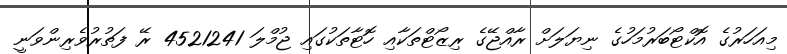
މިއަހަރުގެ އޮކްޓޯބަރުމަހުގެ ނިޔަލަށް ރާއްޖޭގެ ރިޒޯޓްތަކާއި ހޮޓާތަކުގައި ޖުމްލަ 4521241 ރޭ ފަތުރުވެރިންވަނީ